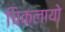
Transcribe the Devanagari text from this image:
चिक्लायो